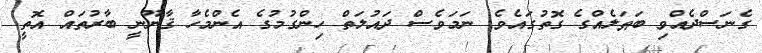
ގެނަސްދެއްވި ބަޠަލެއްގެ ގޮތުގައެވެ. ނަމަވެސް ދައުލަތް ހިންގުމުގެ އެންމެހާ ޤާނޫނީ ބާރުތައް އޮތީ